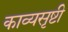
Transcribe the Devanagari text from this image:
काव्यसृष्टी